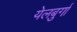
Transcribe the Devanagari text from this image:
येलबुर्गा